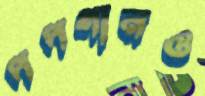
পপগানও